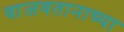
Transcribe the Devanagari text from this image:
वाजवतानाच्या